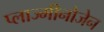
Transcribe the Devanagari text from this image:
प्लाज्मीनोजेन